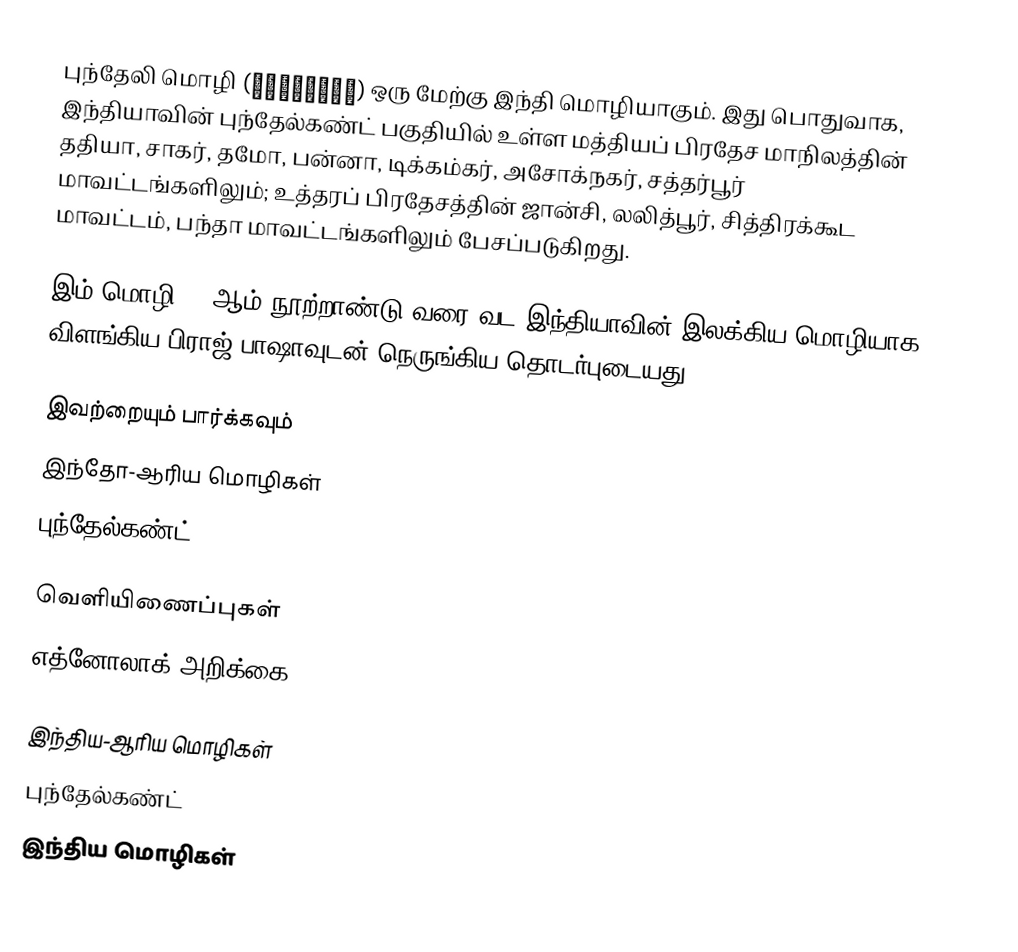
புந்தேலி மொழி (बुन्देली) ஒரு மேற்கு இந்தி மொழியாகும். இது பொதுவாக, இந்தியாவின் புந்தேல்கண்ட் பகுதியில் உள்ள மத்தியப் பிரதேச மாநிலத்தின் ததியா, சாகர், தமோ, பன்னா, டிக்கம்கர், அசோக்நகர், சத்தர்பூர் மாவட்டங்களிலும்;  உத்தரப் பிரதேசத்தின் ஜான்சி, லலித்பூர், சித்திரக்கூட மாவட்டம், பந்தா மாவட்டங்களிலும் பேசப்படுகிறது.

இம் மொழி 19 ஆம் நூற்றாண்டு வரை வட இந்தியாவின் இலக்கிய மொழியாக விளங்கிய பிராஜ் பாஷாவுடன் நெருங்கிய தொடர்புடையது.

இவற்றையும் பார்க்கவும்
 இந்தோ-ஆரிய மொழிகள்
 புந்தேல்கண்ட்

வெளியிணைப்புகள்
 எத்னோலாக் அறிக்கை

இந்திய-ஆரிய மொழிகள்
புந்தேல்கண்ட்
இந்திய மொழிகள்